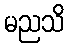
မညသိ